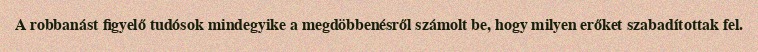
A robbanást figyelő tudósok mindegyike a megdöbbenésről számolt be, hogy milyen erőket szabadítottak fel.